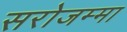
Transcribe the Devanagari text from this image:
सरोजम्मा